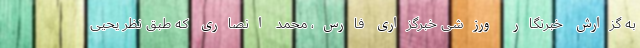
به گزارش خبرنگار ورزشی خبرگزاری فارس، محمد انصاری که طبق نظر یحیی